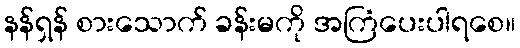
နန်ရှန် စားသောက် ခန်းမကို အကြံပေးပါရစေ။